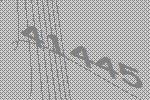
41445